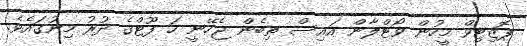
ޕޮޒިޓިވް މީހުން ވޯޓްލާން އައިސް ތިބެން ޖެހޭނީ ހަ ފޫޓްގެ ދުރު މިނުގައެވެ.